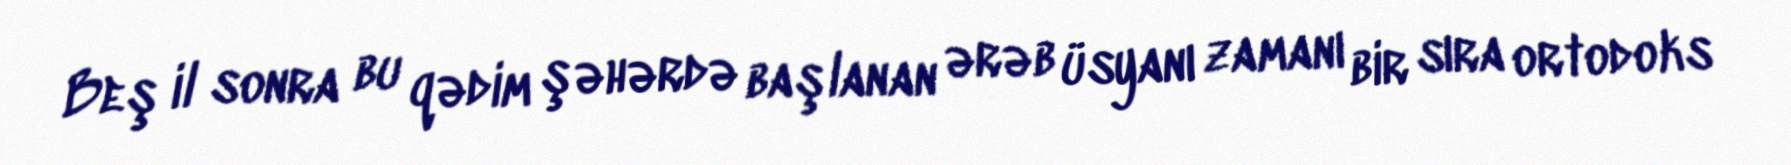
Beş il sonra bu qədim şəhərdə başlanan ərəb üsyanı zamanı bir sıra ortodoks